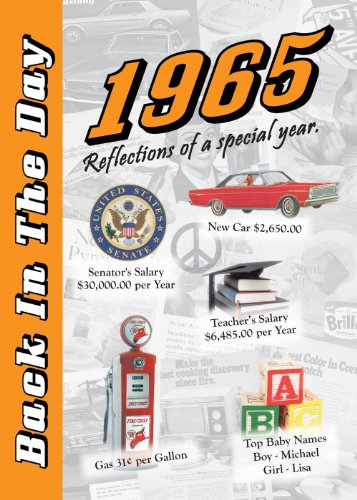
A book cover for Back in the Day Almanac 1965; 3 Oak Publishing; Humor & Entertainment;